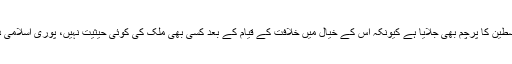
داعش نے فلسطین کا پرچم بھی جلایا ہے کیونکہ اس کے خیال میں خلافت کے قیام کے بعد کسی بھی ملک کی کوئی حیثیت نہیں، پوری اسلامی دنیا ایک ہے۔